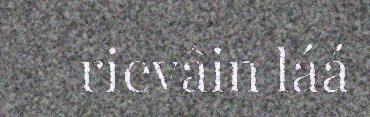
rievâin láá